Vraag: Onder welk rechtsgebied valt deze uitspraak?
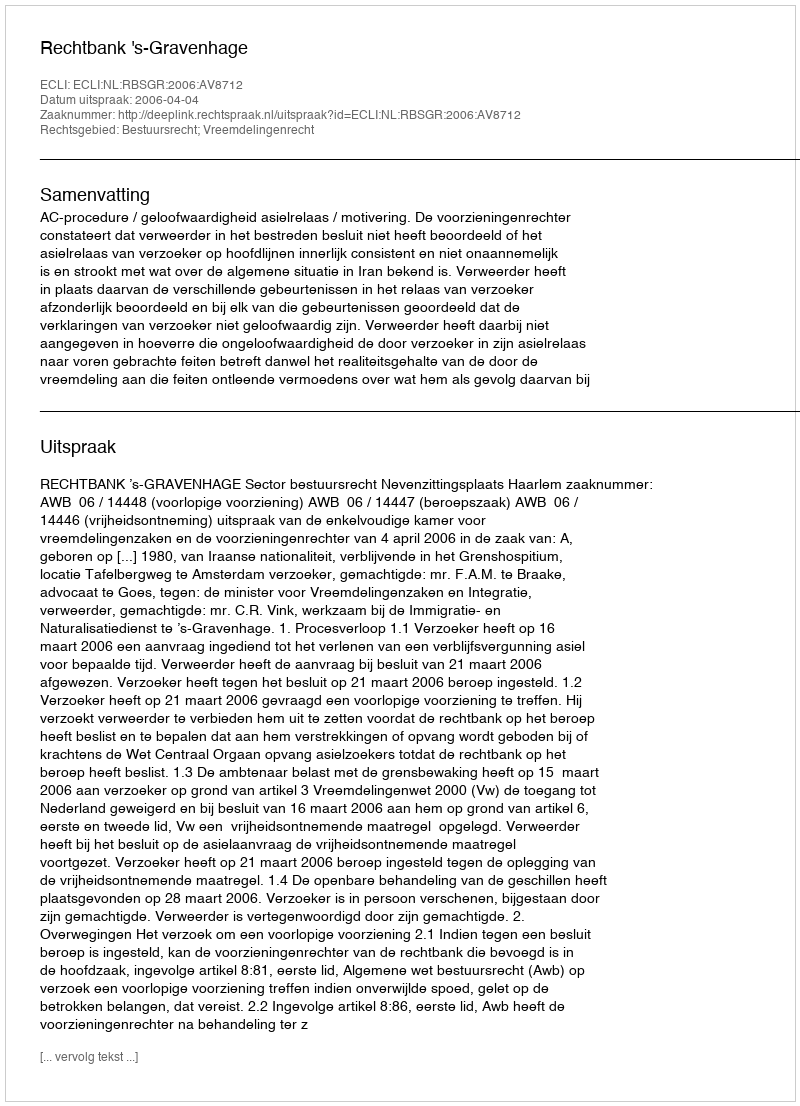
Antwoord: Bestuursrecht; Vreemdelingenrecht